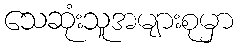
သေဆုံးသူအများစုမှာ